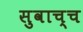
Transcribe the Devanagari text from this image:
सुवाच्च